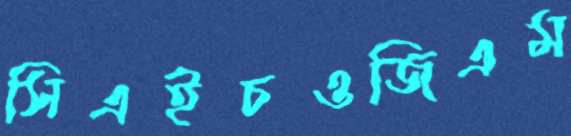
সিএইচওজিএম